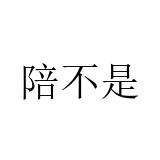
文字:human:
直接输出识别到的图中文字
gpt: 陪不是